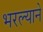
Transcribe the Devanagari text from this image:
भरल्याने